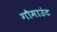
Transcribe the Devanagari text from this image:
गौमाउंट